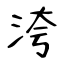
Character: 洿